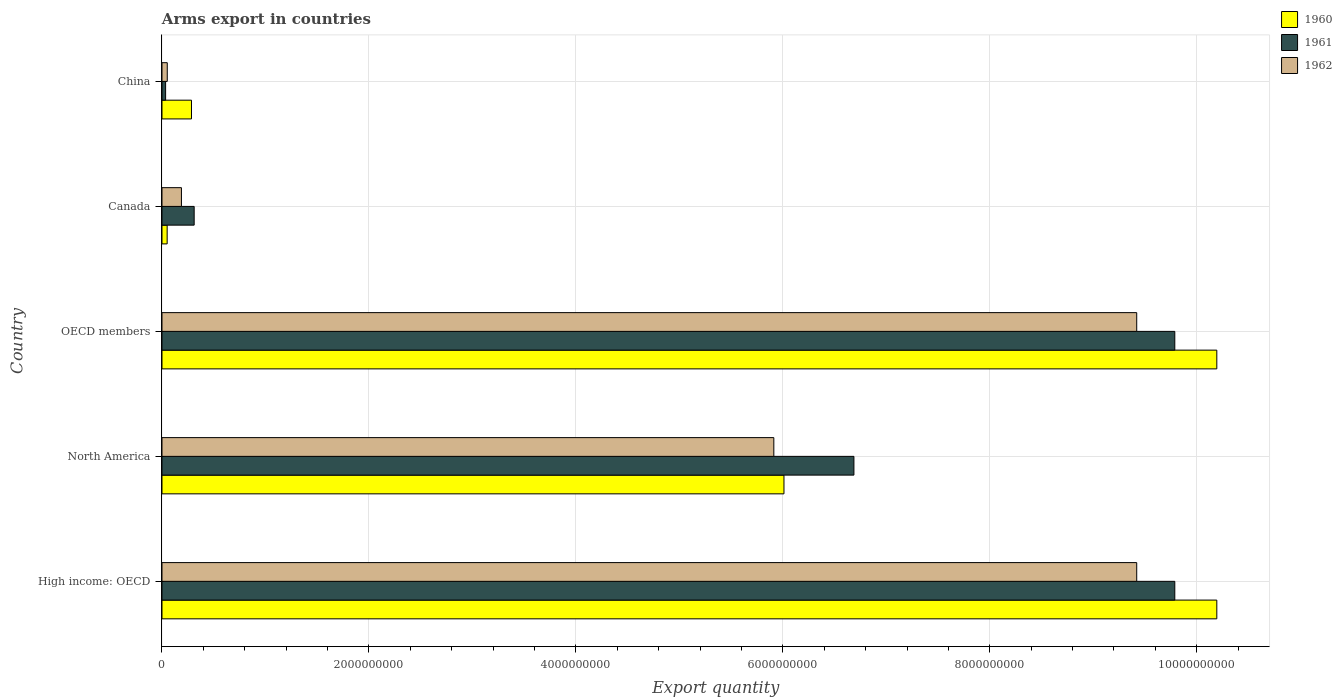
| Country | 1960 | 1961 | 1962 |
 | --- | --- | --- | --- |
 | High income: OECD | 1.02e+10 | 9.79e+09 | 9.42e+09 |
 | North America | 6.01e+09 | 6.69e+09 | 5.91e+09 |
 | OECD members | 1.02e+10 | 9.79e+09 | 9.42e+09 |
 | Canada | 5e+07 | 3.11e+08 | 1.88e+08 |
 | China | 2.85e+08 | 3.5e+07 | 5.1e+07 |